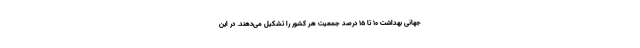
جهانی بهداشت ۱۰ تا ۱۵ درصد جمعیت هر کشور را تشکیل می‌دهند. در این